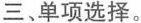
三、单项选择.。